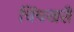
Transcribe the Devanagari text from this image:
चिंचखरी